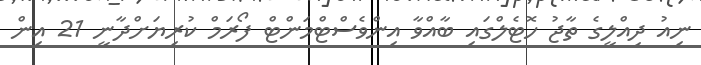
ނިއު ދިއްލީގެ ތާޖު ހޮޓެލްގައި ބާއްވާ އިންވެސްޓްމަންޓް ފޯރަމް ކުރިޔަށްދާނީ 21 އިން